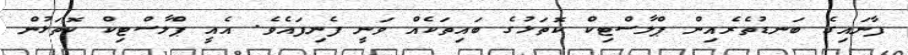
ފާނައިގެ ބަނޑުތެރެއިން ޕްލާސްޓިކް ކޮތަޅުގެ ބައިތަކެއް ވަނީ ފެނިފައެވެ. އެއީ ޕްލާސްޓިކް ކޮތަޅުން